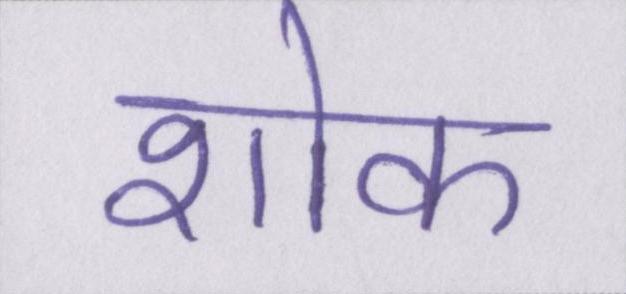
शोक